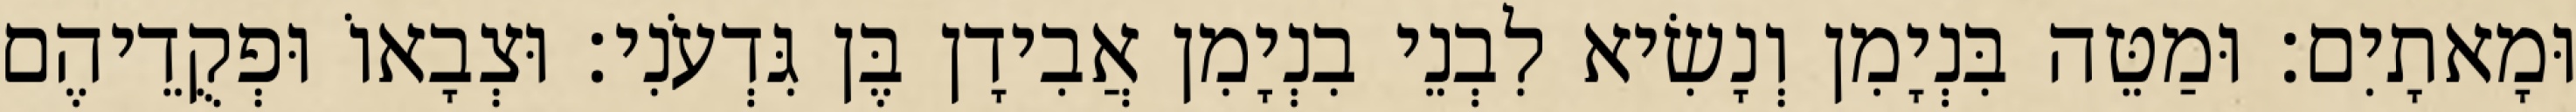
וּמָאתָיִם׃ וּמַטֵּה בִּנְיָמִן וְנָשִׂיא לִבְנֵי בִנְיָמִן אֲבִידָן בֶּן גִּדְעֹנִי׃ וּצְבָאוֹ וּפְקֻדֵיהֶם